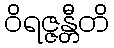
ဝိရဇ္ဇန္တီတိ